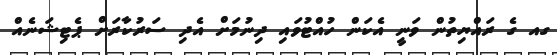
ގއ ގެ ރައްޔިތުން ވަނީ އެކަން ހުއްޓުވައި ދިނުމަށް އެދި ސަރުކާރަށް ޕެޓިޝަނެއް